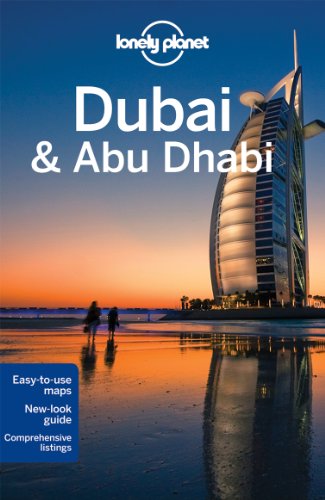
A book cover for Lonely Planet Dubai & Abu Dhabi (Travel Guide); Lonely Planet; Travel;